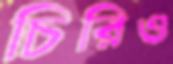
চিরিও